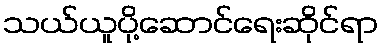
သယ်ယူပို့ဆောင်ရေးဆိုင်ရာ